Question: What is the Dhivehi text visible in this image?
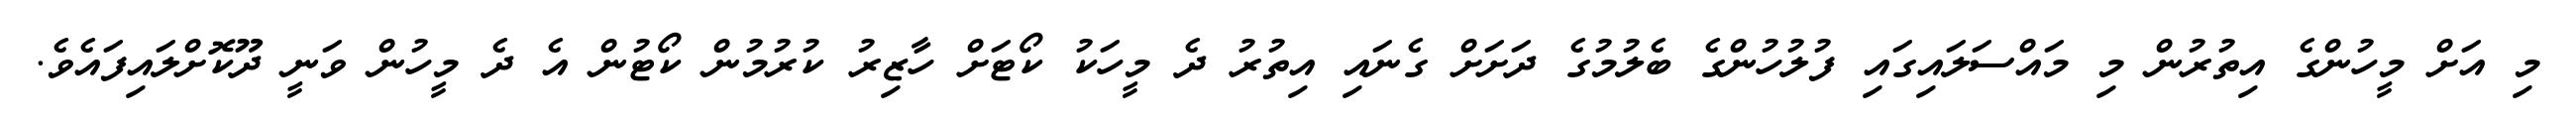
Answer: މި އަށް މީހުންގެ އިތުރުން މި މައްސަލައިގައި ފުލުހުންގެ ބެލުމުގެ ދަށަށް ގެނައި އިތުރު ދެ މީހަކު ކޯޓަށް ހާޒިރު ކުރުމުން ކޯޓުން އެ ދެ މީހުން ވަނީ ދޫކޮށްލައިފައެވެ.